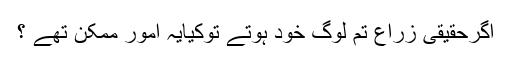
اگرحقیقی زراع تم لوگ خود ہوتے توکیایہ امور ممکن تھے ؟